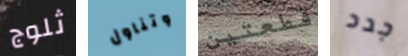
ثلوج وتناول قطعتين جدد